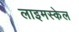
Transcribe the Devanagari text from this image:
लाइमस्केल